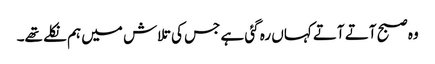
وہ صبح آتے آتے کہاں رہ گئی ہے جس کی تلاش میں ہم نکلے تھے۔